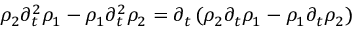
\rho _ { 2 } \partial _ { t } ^ { 2 } \rho _ { 1 } - \rho _ { 1 } \partial _ { t } ^ { 2 } \rho _ { 2 } = \partial _ { t } \left( \rho _ { 2 } \partial _ { t } \rho _ { 1 } - \rho _ { 1 } \partial _ { t } \rho _ { 2 } \right)